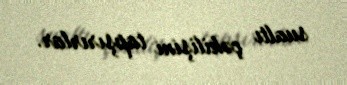
sualtı çəkilişini tapşırırlar.